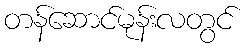
တန်ဆောင်မုန်းလတွင်